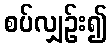
စပ်လျှဉ်း၍